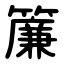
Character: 簾